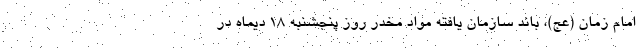
امام زمان (عج)، باند سازمان یافته مواد مخدر روز پنجشنبه ۱۸ دیماه در